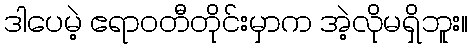
ဒါပေမဲ့ ဧရာဝတီတိုင်းမှာက အဲ့လိုမရှိဘူး။